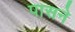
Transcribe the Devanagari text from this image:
पासने